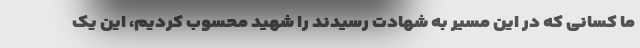
ما کسانی که در این مسیر به شهادت رسیدند را شهید محسوب کردیم، این یک